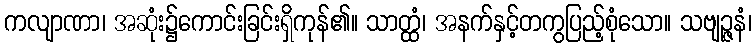
ကလျာဏာ၊ အဆုံး၌ကောင်းခြင်းရှိကုန်၏။ သာတ္ထံ၊ အနက်နှင့်တကွပြည့်စုံသော။ သဗျဉ္ဇနံ၊